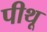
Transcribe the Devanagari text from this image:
पीथू